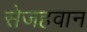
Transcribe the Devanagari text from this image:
सेजहवान